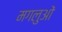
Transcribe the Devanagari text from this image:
मगलुओं